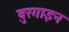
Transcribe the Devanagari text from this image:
वुरगाइन